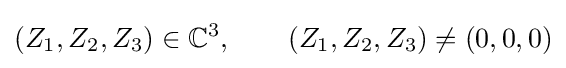
(Z_{1},Z_{2},Z_{3})\in \mathbb {C} ^{3},\qquad (Z_{1},Z_{2},Z_{3})\neq (0,0,0)